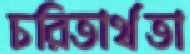
চরিতার্থতা